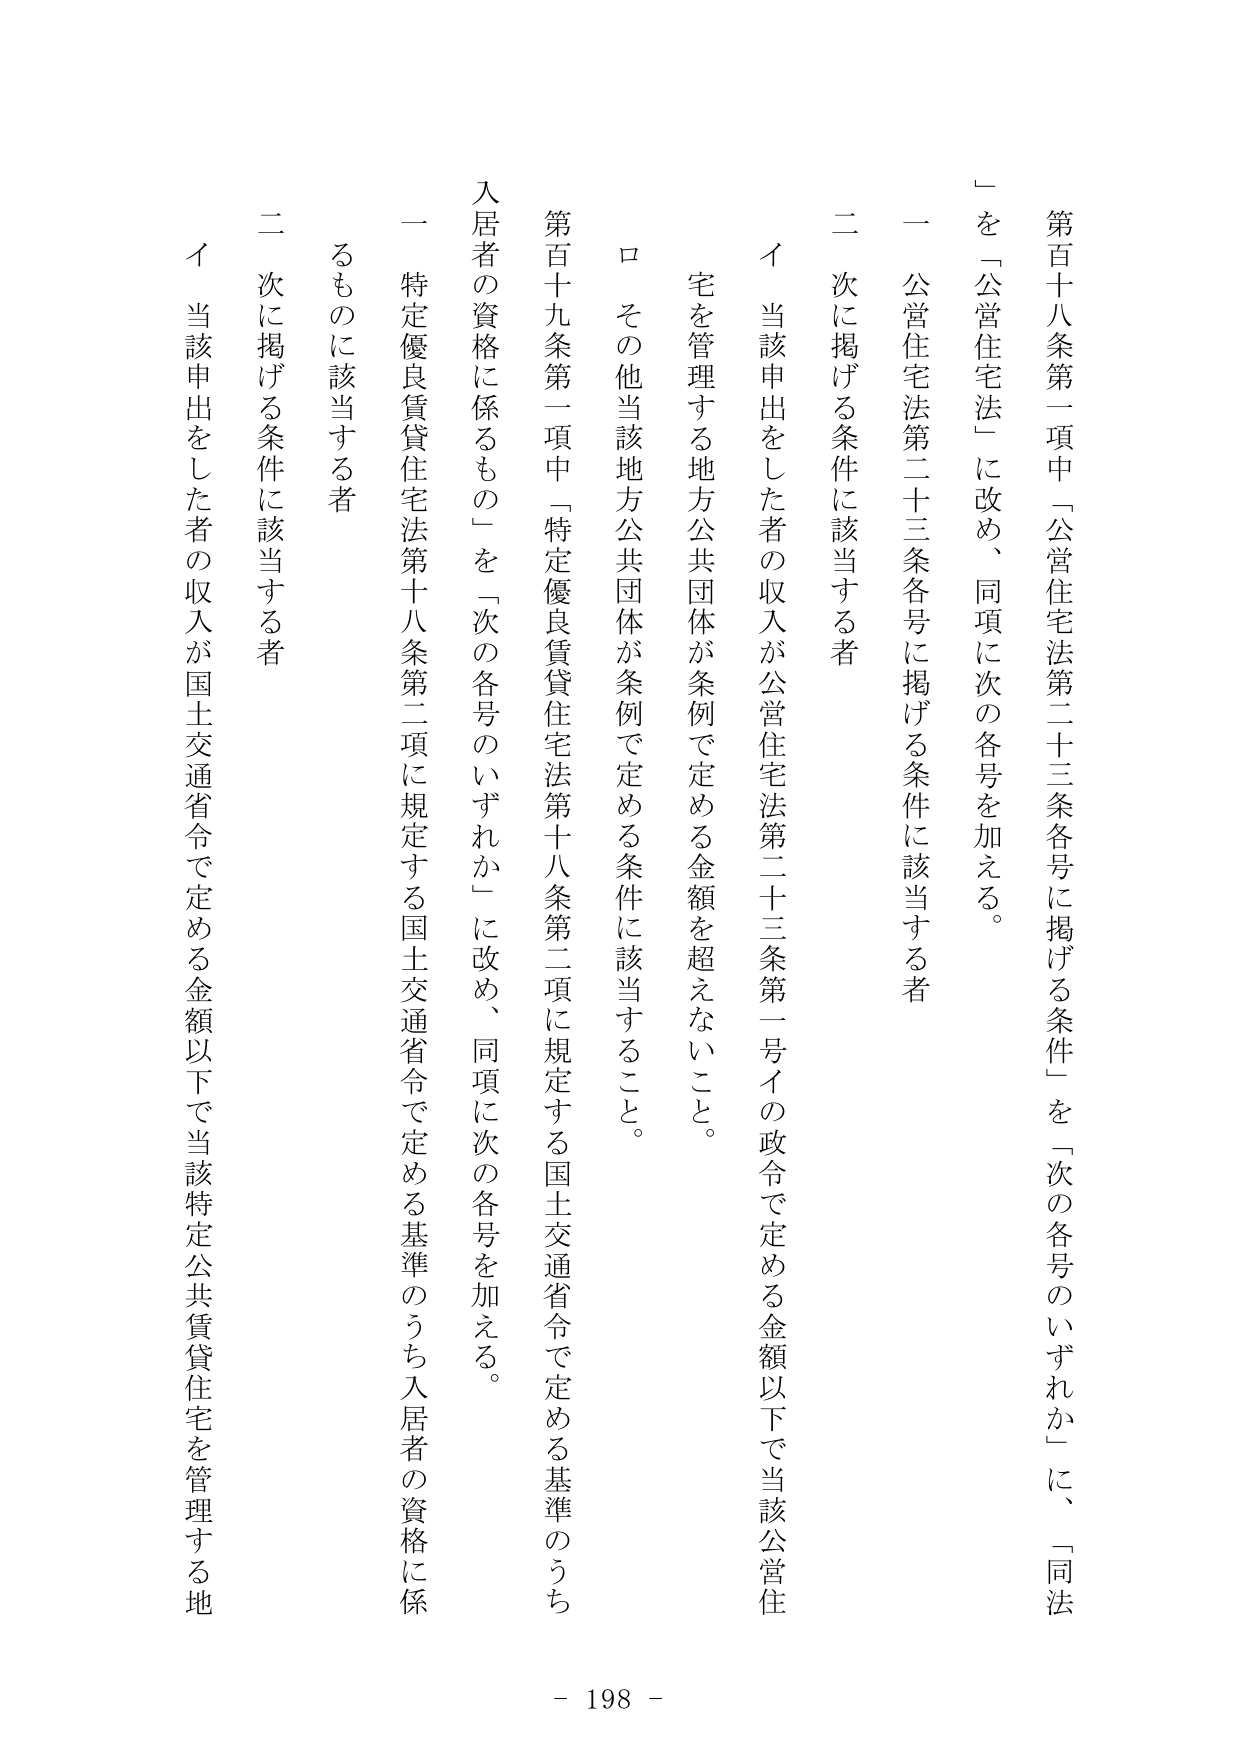
第百十八条第一項中「公営住宅法第二十三条各号に掲げる条件」を「次の各号のいずれか」に、「同法」を「公営住宅法」に改め、同項に次の各号を加える。

一 公営住宅法第二十三条各号に掲げる条件に該当する者

二 次に掲げる条件に該当する者

イ 当該申出をした者の収入が公営住宅法第二十三条第一号イの政令で定める金額以下で当該公営住宅を管理する地方公共団体が条例で定める金額を超えないこと。

ロ その他当該地方公共団体が条例で定める条件に該当すること。

第百十九条第一項中「特定優良賃貸住宅法第十八条第二項に規定する国土交通省令で定める基準のうち入居者の資格に係るもの」を「次の各号のいずれか」に改め、同項に次の各号を加える。

一 特定優良賃貸住宅法第十八条第二項に規定する国土交通省令で定める基準のうち入居者の資格に係るものに該当する者

二 次に掲げる条件に該当する者

イ 当該申出をした者の収入が国土交通省令で定める金額以下で当該特定公共賃貸住宅を管理する地

- 198 -